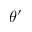
\theta ^ { \prime }